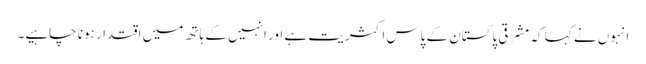
انہوں نے کہا کہ مشرقی پاکستان کے پاس اکثریت ہے اور انہیں کے ہاتھ میں اقتدار ہونا چاہیے۔